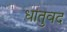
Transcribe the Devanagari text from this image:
धातुवद